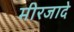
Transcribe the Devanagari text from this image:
मीरजादे